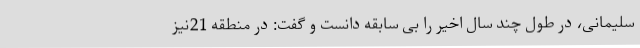
سلیمانی، در طول چند سال اخیر را بی سابقه دانست و گفت: در منطقه 21نیز